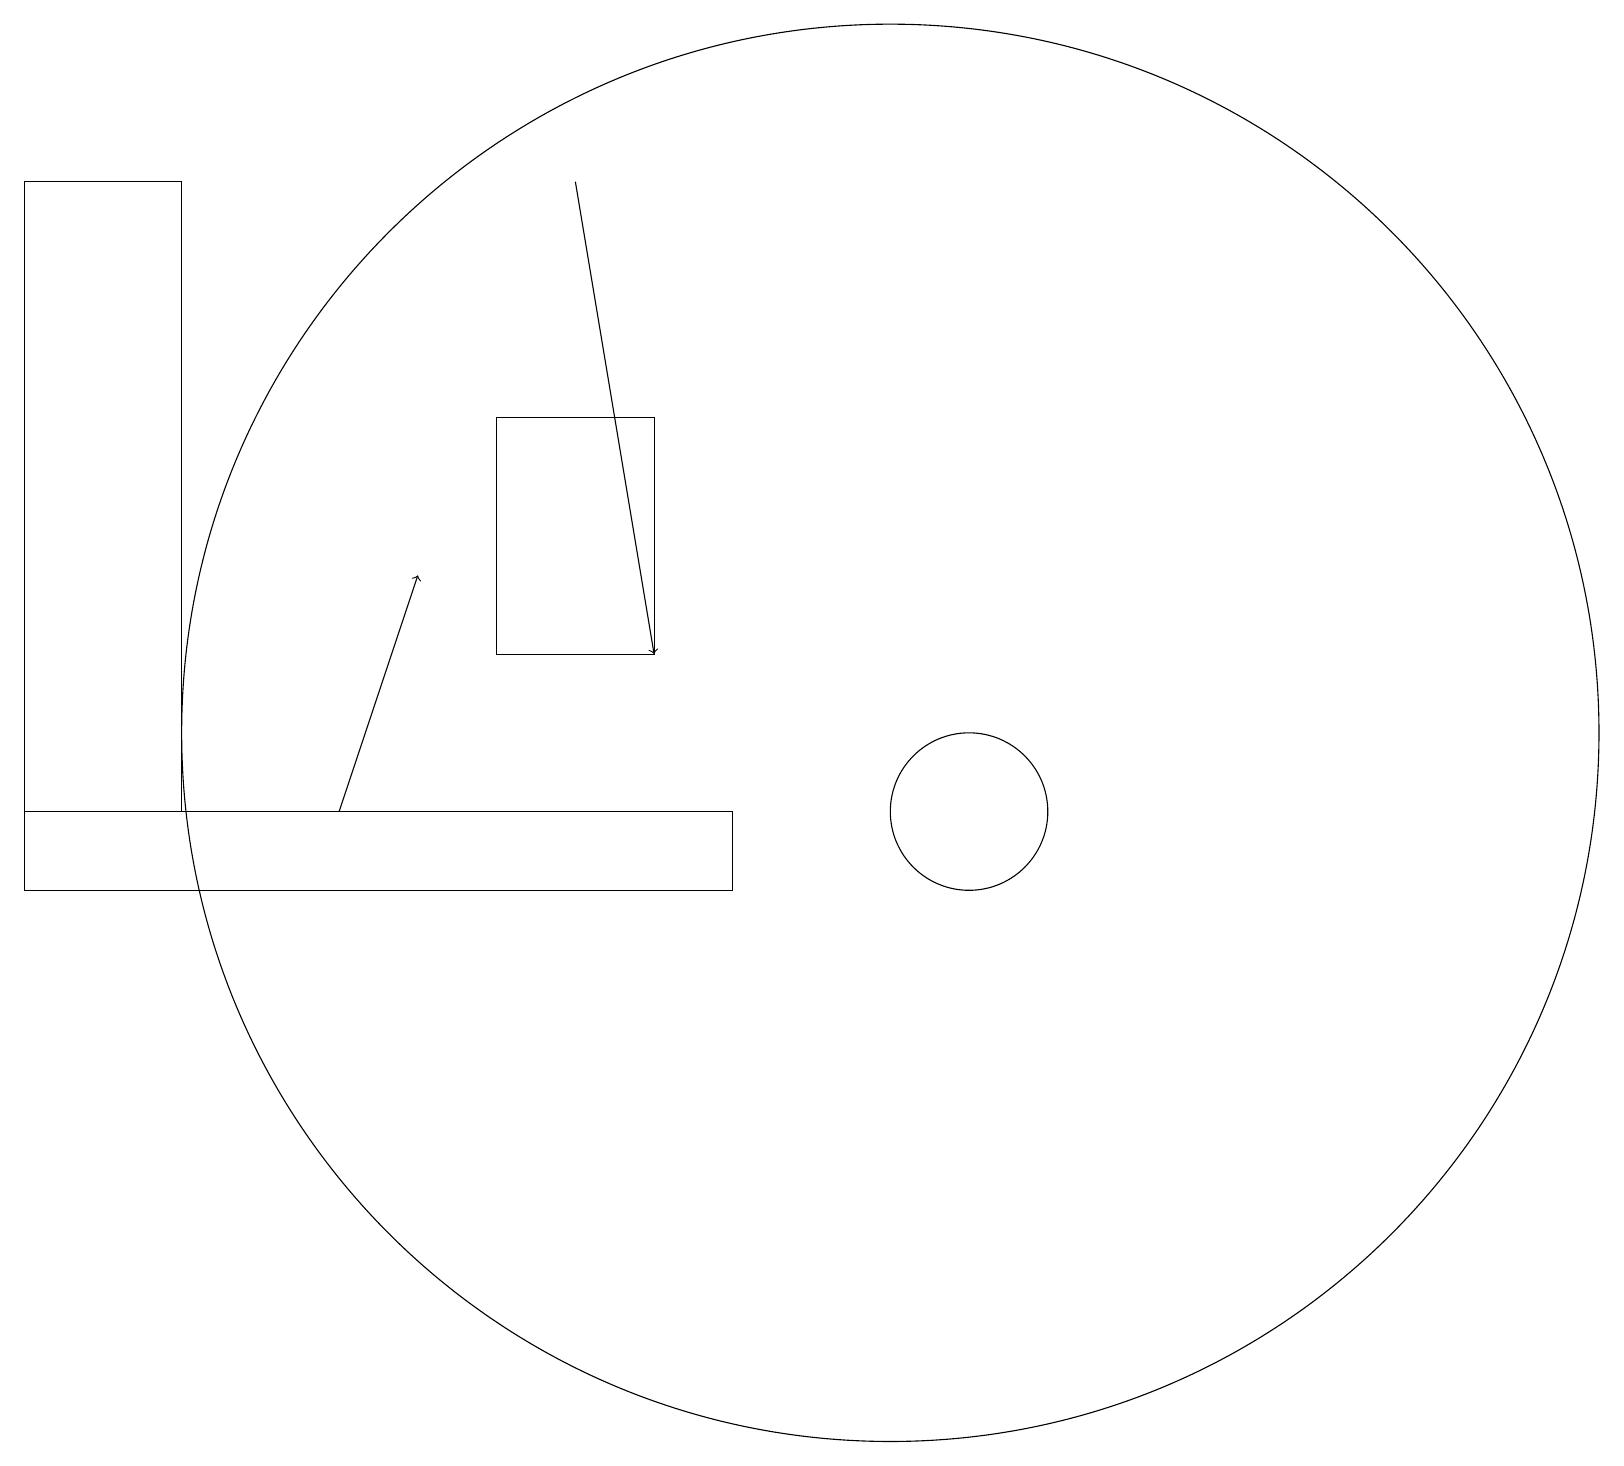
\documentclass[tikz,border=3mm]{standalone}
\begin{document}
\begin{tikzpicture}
\draw (8,16) rectangle (6,13);
\draw (0,19) rectangle (2,11);
\draw[->] (7,19) -- (8,13);
\draw (9,10) rectangle (0,11);
\draw (11,12) circle (9);
\draw[->] (4,11) -- (5,14);
\draw (12,11) circle (1);
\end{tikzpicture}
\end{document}